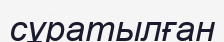
сұратылған